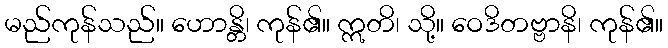
မည်ကုန်သည်။ ဟောန္တိ၊ ကုန်၏။ ဣတိ၊ သို့။ ဝေဒိတဗ္ဗာနိ၊ ကုန်၏။